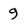
Character: 9